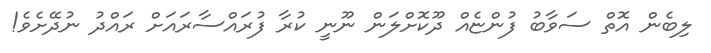
ލިބެން އޮތް ސަވާބު ފުންޏެއް ދޫކޮށްލަން ނޫނީ ކުރާ ފުރައްސާރައަށް ރައްދު ނުދޭށެވެ!